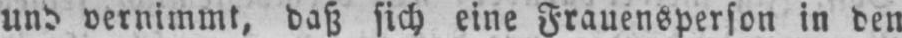
und vernimmt, daß sich eine Frauensperson in den